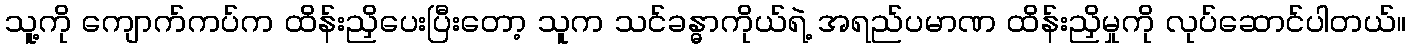
သူ့ကို ကျောက်ကပ်က ထိန်းညှိပေးပြီးတော့ သူက သင်ခန္ဓာကိုယ်ရဲ့ အရည်ပမာဏ ထိန်းညှိမှုကို လုပ်ဆောင်ပါတယ်။